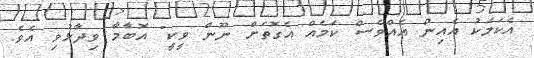
އެކަމަކު އެއިން އެއްވެސް ކަމެއް އެގޮތަށް ނޫން ވީކީ" އޮބާމާ ވިދާޅުވި އެވެ.